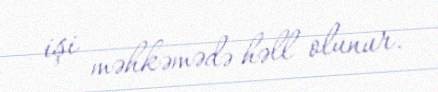
işi məhkəmədə həll olunur.